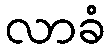
လာခံ